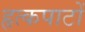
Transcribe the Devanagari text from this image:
हृत्कपाटों